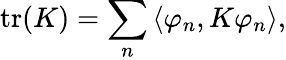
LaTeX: \operatorname{tr}(K)=\sum_{n}\left\langle\varphi_{n},K\varphi_{n}\right\rangle,